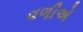
વળીએ